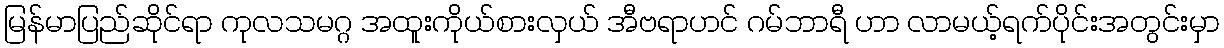
မြန်မာပြည်ဆိုင်ရာ ကုလသမဂ္ဂ အထူးကိုယ်စားလှယ် အီဗရာဟင် ဂမ်ဘာရီ ဟာ လာမယ့်ရက်ပိုင်းအတွင်းမှာ